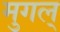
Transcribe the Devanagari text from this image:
मुगल्